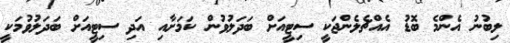
ލިބުނު އެންމެ ބޮޑު އެއްޗެލެންޖަކީ ސިޓީއަށް ބަދަލުވުން ކަމަށާއި އަދި ސިޓީއަށް ބަދަލުވުމަކީ